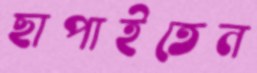
ছাপাইতেন